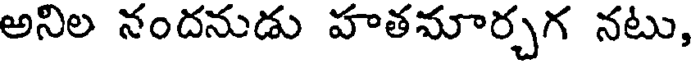
అనిల నందనుడు హతమార్చగ నటు,